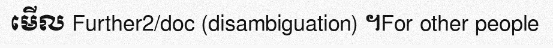
មើល Further2/doc (disambiguation) ។For other people